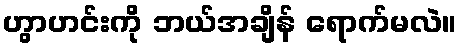
ဟွာဟင်းကို ဘယ်အချိန် ရောက်မလဲ။